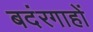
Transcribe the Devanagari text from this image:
बदंरगाहों